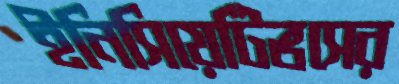
ইনিসিয়েটিভসের